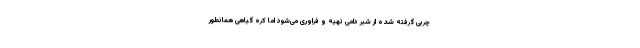
چربی گرفته شده از شیر دامی تهیه و فراوری می‌شود اما کره گیاهی همانطور